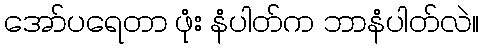
အော်ပရေတာ ဖုံး နံပါတ်က ဘာနံပါတ်လဲ။